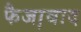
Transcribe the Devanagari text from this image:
फैजा़बाद